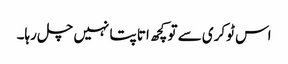
اس ٹوکری سے تو کچھ اتا پتا نہیں چل رہا۔